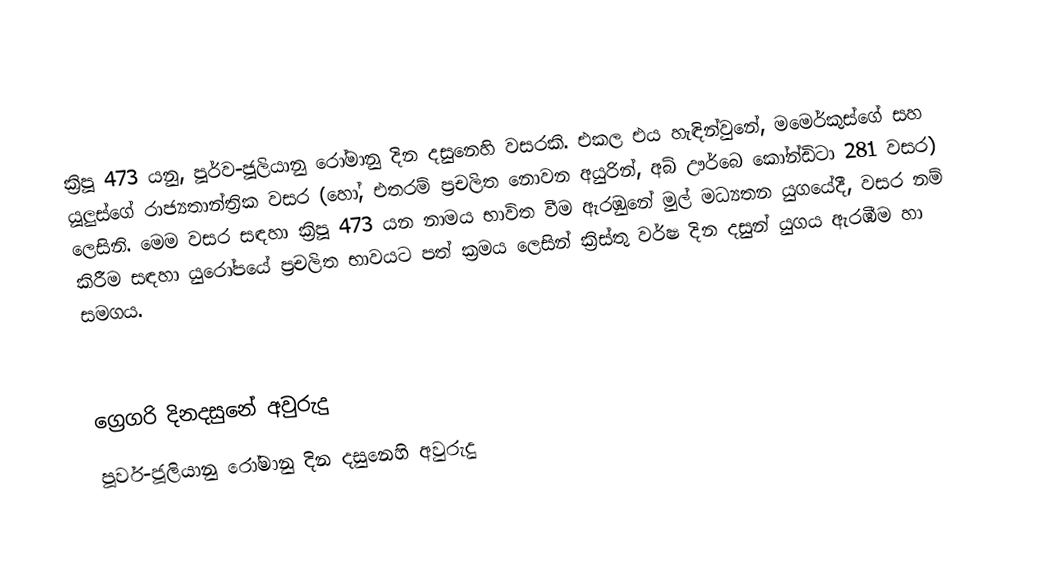

ක්‍රිපූ 473 යනු, පූර්ව-ජූලියානු රෝමානු දින දසුනෙහි වසරකි. එකල එය හැඳින්වුනේ, මමෙර්කුස්ගේ සහ යූලුස්ගේ රාජ්‍යතාන්ත්‍රික වසර (හෝ, එතරම් ප්‍රචලිත නොවන අයුරින්, අබ් ඌර්බෙ කෝන්ඩිටා 281 වසර) ලෙසිනි. මෙම වසර සඳහා ක්‍රිපූ 473 යන නාමය භාවිත වීම ඇරඹුනේ මුල්  මධ්‍යතන යුගයේදී, වසර නම් කිරීම සඳහා යුරෝපයේ ප්‍රචලිත භාවයට පත් ක්‍රමය ලෙසින් ක්‍රිස්තු වර්ෂ දින දසුන් යුගය ඇරඹීම හා සමගය.

ග්‍රෙගරි දිනදසුනේ අවුරුදු
පූර්ව-ජූලියානු රෝමානු දින දසුනෙහි අවුරුදු